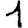
Digit: 1